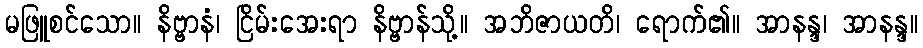
မဖြူစင်သော။ နိဗ္ဗာနံ၊ ငြိမ်းအေးရာ နိဗ္ဗာန်သို့။ အဘိဇာယတိ၊ ရောက်၏။ အာနန္ဒ၊ အာနန္ဒ။